Lunatic asylums Madras 1877-1891 - 1877-1891
Year: 1877
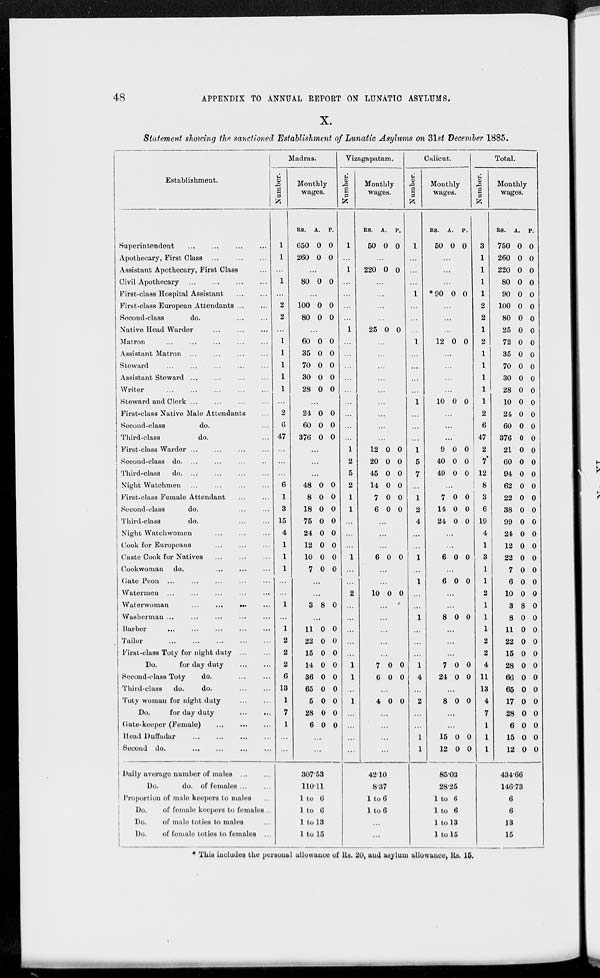
48
APPENDIX TO ANNUAL REPORT ON LUNATIC ASYLUMS.
X.
Statement showing the sanctioned Establishment of Lunatic Asylums on 31st December 1885.
Establishment.
Superintendent ... ... ... ... ...
Apothecary, First Class ...
...
...
Assistant Apothecary, First Class ...
Civil Apothecary
...
...
...
...
First-class Hospital Assistant
...
...
First-class European Attendants ... ...
Second-class
do. ... ...
Native Head Warder
...
...
...
Matron
...
...
...
...
...
Assistant Matron ... ... ... ...
Steward
...
...
...
...
...
Assistant Steward ... ... ... ...
Writer
...
...
...
...
...
Steward and Clerk
...
...
...
...
First-class Native Male Attendants ...
Second-class
do. ...
Third-class
do. ...
First-class Warder
...
...
...
...
Second-class do. ... ... ... ...
Third-class
do. ... ... ... ...
Night Watchmen
...
...
...
...
First-class Female Attendant
...
...
Second-class
do. ... ...
Third-class
do.
...
...
Night Watchwomen
...
...
...
Cook for Europeans
...
...
...
Caste Cook for Natives
...
...
...
Cookwoman do.
...
...
...
Gate Peon
...
...
...
...
...
Watermen
...
...
...
...
...
Waterwoman ... ... ... ...
Washerman
...
...
...
...
...
Barber
...
...
...
...
...
Tailor ... ... ... ... ... ...
First-class Toty for night duty
...
...
Do.
for day duty
...
...
Second-class Toty
do. ... ...
Third-class
do.
do.
...
...
Toty woman for night duty
...
...
Do.
for day duty
...
...
Gate-keeper (Female)
...
...
...
Head Duffadur
...
...
...
Second do.
...
...
...
Daily average number of males
...
...
Do.
do. of females ... ...
Proportion of male keepers to males ...
Do.
of female keepers to females ...
Do.
of male toties to males ...
Do.
of female toties to females ...
Madras.
Number.
1
1
...
1
...
2
2
...
1
1
1
1
1
...
2
6
47
...
...
...
6
1
3
15
4
1
1
1
...
1
...
1
2
2
2
6
18
1
7
1
...
...
Monthly
wages.
RS.
650
260
A.
0
0
P.
0
0
...
80 0 0
...
100
80
0
0
0
0
...
60
35
70
30
28
0
0
0
0
0
0
0
0
0
0
...
24
60
376
0
0
0
0
0
0
...
...
...
48
8
18
75
24
12
10
7
0
0
0
0
0
0
0
0
0
0
0
0
0
0
0
0
...
...
3 8 0
...
11
22
15
14
36
65
5
28
6
0
0
0
0
0
0
0
0
0
0
0
0
0
0
0
0
0
0
...
...
307.53
110.11
1 to 6
1 to 6
1 to 13
1 to 15
Vizagapatam.
Number.
1
...
1
...
...
...
...
1
...
...
...
...
...
...
...
...
...
1
2
5
2
1
1
...
...
...
1
...
...
2
...
...
...
...
...
1
1
...
1
...
...
...
...
Monthly
wages.
RS.
50
A.
0
P.
0
...
220 0 0
...
...
...
...
25 0 0
...
...
...
...
...
...
...
...
...
12
20
45
14
7
6
0
0
0
0
0
0
0
0
0
0
0
0
...
...
...
6 0
0
...
...
10 0
0
...
...
...
...
...
7
6
0
0
0
0
...
4 0
0
...
...
...
...
42.10
8.37
1 to 6
1 to 6
...
...
Calicut.
Number.
1
...
...
...
1
...
...
...
1
...
...
...
...
1
...
...
...
1
5
7
...
1
2
4
...
...
1
...
1
...
...
1
...
...
...
1
4
...
2
...
...
1
1
Monthly
wages.
RS.
50
A.
0
P.
0
...
...
...
*90 0 0
...
...
...
12 0 0
...
...
...
...
10 0 0
...
...
...
9
40
49
0
0
0
0
0
0
...
7
14
24
0
0
0
0
0
0
...
...
6 0 0
...
6 0 0
...
...
8 0 0
...
...
...
7
24
0
0
0
0
...
8 0 0
...
...
15
12
0
0
0
0
85.03
28.25
1 to 6
1 to 6
1 to 13
1 to 15
Total.
Number.
3
1
1
1
1
2
2
1
2
1
1
1
1
1
2
6
47
2
7
12
8
3
6
19
4
1
3
1
1
2
1
1
1
2
2
4
11
13
4
7
1
1
1
Monthly
wages.
RS.
750
260
220
80
90
100
80
25
72
35
70
30
28
10
24
60
376
21
60
94
62
22
38
99
24
12
22
7
6
10
3
8
11
22
15
28
66
65
17
28
6
15
12
A.
0
0
0
0
0
0
0
0
0
0
0
0
0
0
0
0
0
0
0
0
0
0
0
0
0
0
0
0
0
0
8
0
0
0
0
0
0
0
0
0
0
0
0
P.
0
0
0
0
0
0
0
0
0
0
0
0
0
0
0
0
0
0
0
0
0
0
0
0
0
0
0
0
0
0
0
0
0
0
0
0
0
0
0
0
0
0
0
434.66
146.73
6
6
13
15
* This includes the personal allowance of Rs. 20, and asylum allowance, Rs. 15.